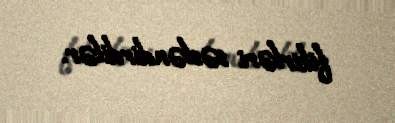
fikirləri səsləndirdilər.